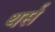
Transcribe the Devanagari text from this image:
थर्स